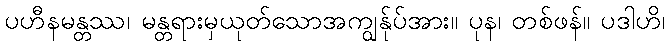
ပဟီနမန္တဿ၊ မန္တရားမှယုတ်သောအကျွန်ုပ်အား။ ပုန၊ တစ်ဖန်။ ပဒါဟိ၊